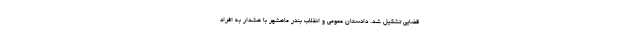
قضایی تشکیل شد. دادستان عمومی و انقلاب بندر ماهشهر با هشدار به افراد